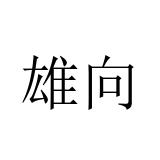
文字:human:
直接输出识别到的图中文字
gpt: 雄向